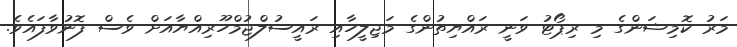
މަރު ކޮމިޝަންގެ މި ރިޕޯޓު ވަނީ ރައްޔިތުންގެ މަޖިލީހާއި ރައީސުލްޖުމްހޫރިއްޔާއަށް ވެސް ފޮނުވާފައެވެ.